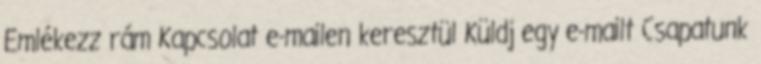
Emlékezz rám Kapcsolat e-mailen keresztül Küldj egy e-mailt Csapatunk